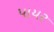
પાયર